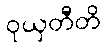
ဝုယှတီတိ